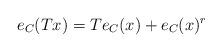
LaTeX: \begin{align*} e_C(Tx)=T e_C(x)+e_C(x)^r \end{align*}